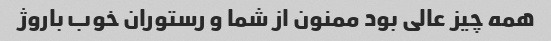
همه چیز عالی بود ممنون از شما و رستوران خوب باروژ